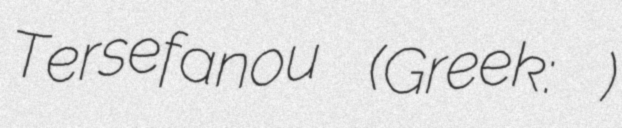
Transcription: Tersefanou (Greek: Τερσεφάνου)